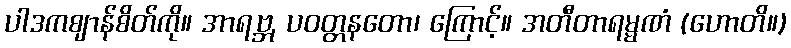
ပါဒကဈာန်စိတ်ကို။ အာရဗ္ဘ, ပဝတ္တနတော၊ ကြောင့်။ အတီတာရမ္မဏံ (ဟောတိ။)